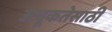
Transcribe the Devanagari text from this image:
अचूकतेसाठी